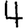
Digit: 4